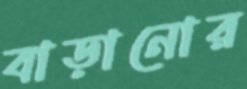
বাড়ানোর